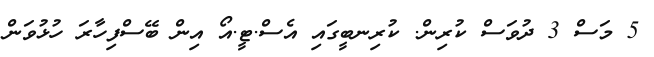
5 މަސް 3 ދުވަސް ކުރިން. ކުރިނބީގައި އެސް.ޓީ.އޯ އިން ބޭސްފިހާރަ ހުޅުވަން